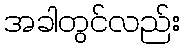
အခါတွင်လည်း